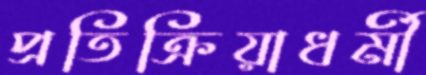
প্রতিক্রিয়াধর্মী